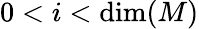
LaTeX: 0<i<\dim(M)